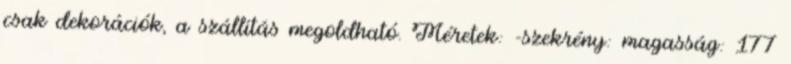
csak dekorációk, a szállítás megoldható. Méretek: -szekrény: magasság: 177